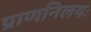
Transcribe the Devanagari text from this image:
प्राणनिलयः